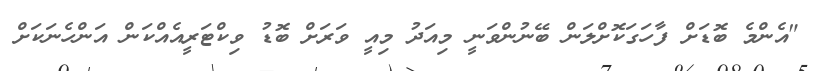
"އެންމެ ބޮޑަށް ފާހަގަކޮށްލަން ބޭނުންވަނީ މިއަދު މިއީ ވަރަށް ބޮޑު ވިކްޓަރީއެއްކަން އަންހެނަކަށް